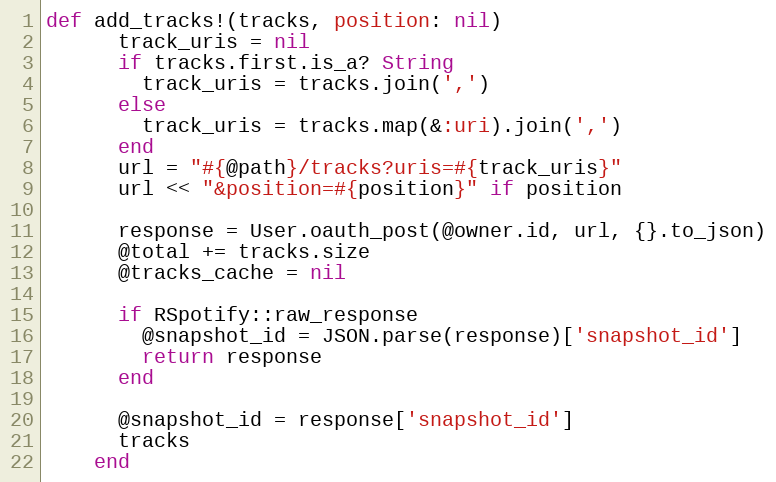
Language: Ruby
def add_tracks!(tracks, position: nil)
      track_uris = nil
      if tracks.first.is_a? String
        track_uris = tracks.join(',')
      else
        track_uris = tracks.map(&:uri).join(',')
      end
      url = "#{@path}/tracks?uris=#{track_uris}"
      url << "&position=#{position}" if position

      response = User.oauth_post(@owner.id, url, {}.to_json)
      @total += tracks.size
      @tracks_cache = nil

      if RSpotify::raw_response
        @snapshot_id = JSON.parse(response)['snapshot_id']
        return response
      end

      @snapshot_id = response['snapshot_id']
      tracks
    end